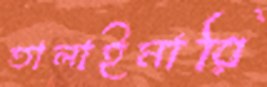
তালাইমারি